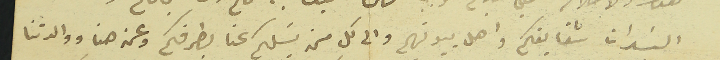
السَيدات شقايقكم واهل بيوتهم والى كل من يسَلكم عنا بطرفكم وعن هنا ووالدتنا